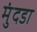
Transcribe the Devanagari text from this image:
मुंदडा